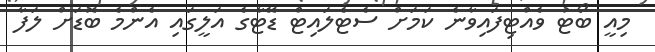
މިއީ ބޯޓު ވެއްޓިފައިވާނެ ކަމަށް ސެޓެލައިޓް ޑޭޓާގެ އަލީގައި އެންމެ ބޮޑަށް ލަފާ